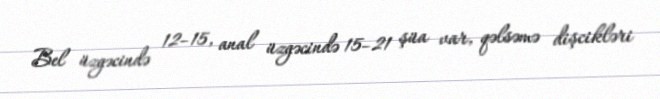
Bel üzgəcində 12–15, anal üzgəcində 15–21 şüa var, qəlsəmə dişcikləri